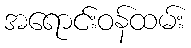
အရောင်းဝန်ထမ်း